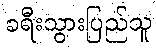
ခရီးသွားပြည်သူ